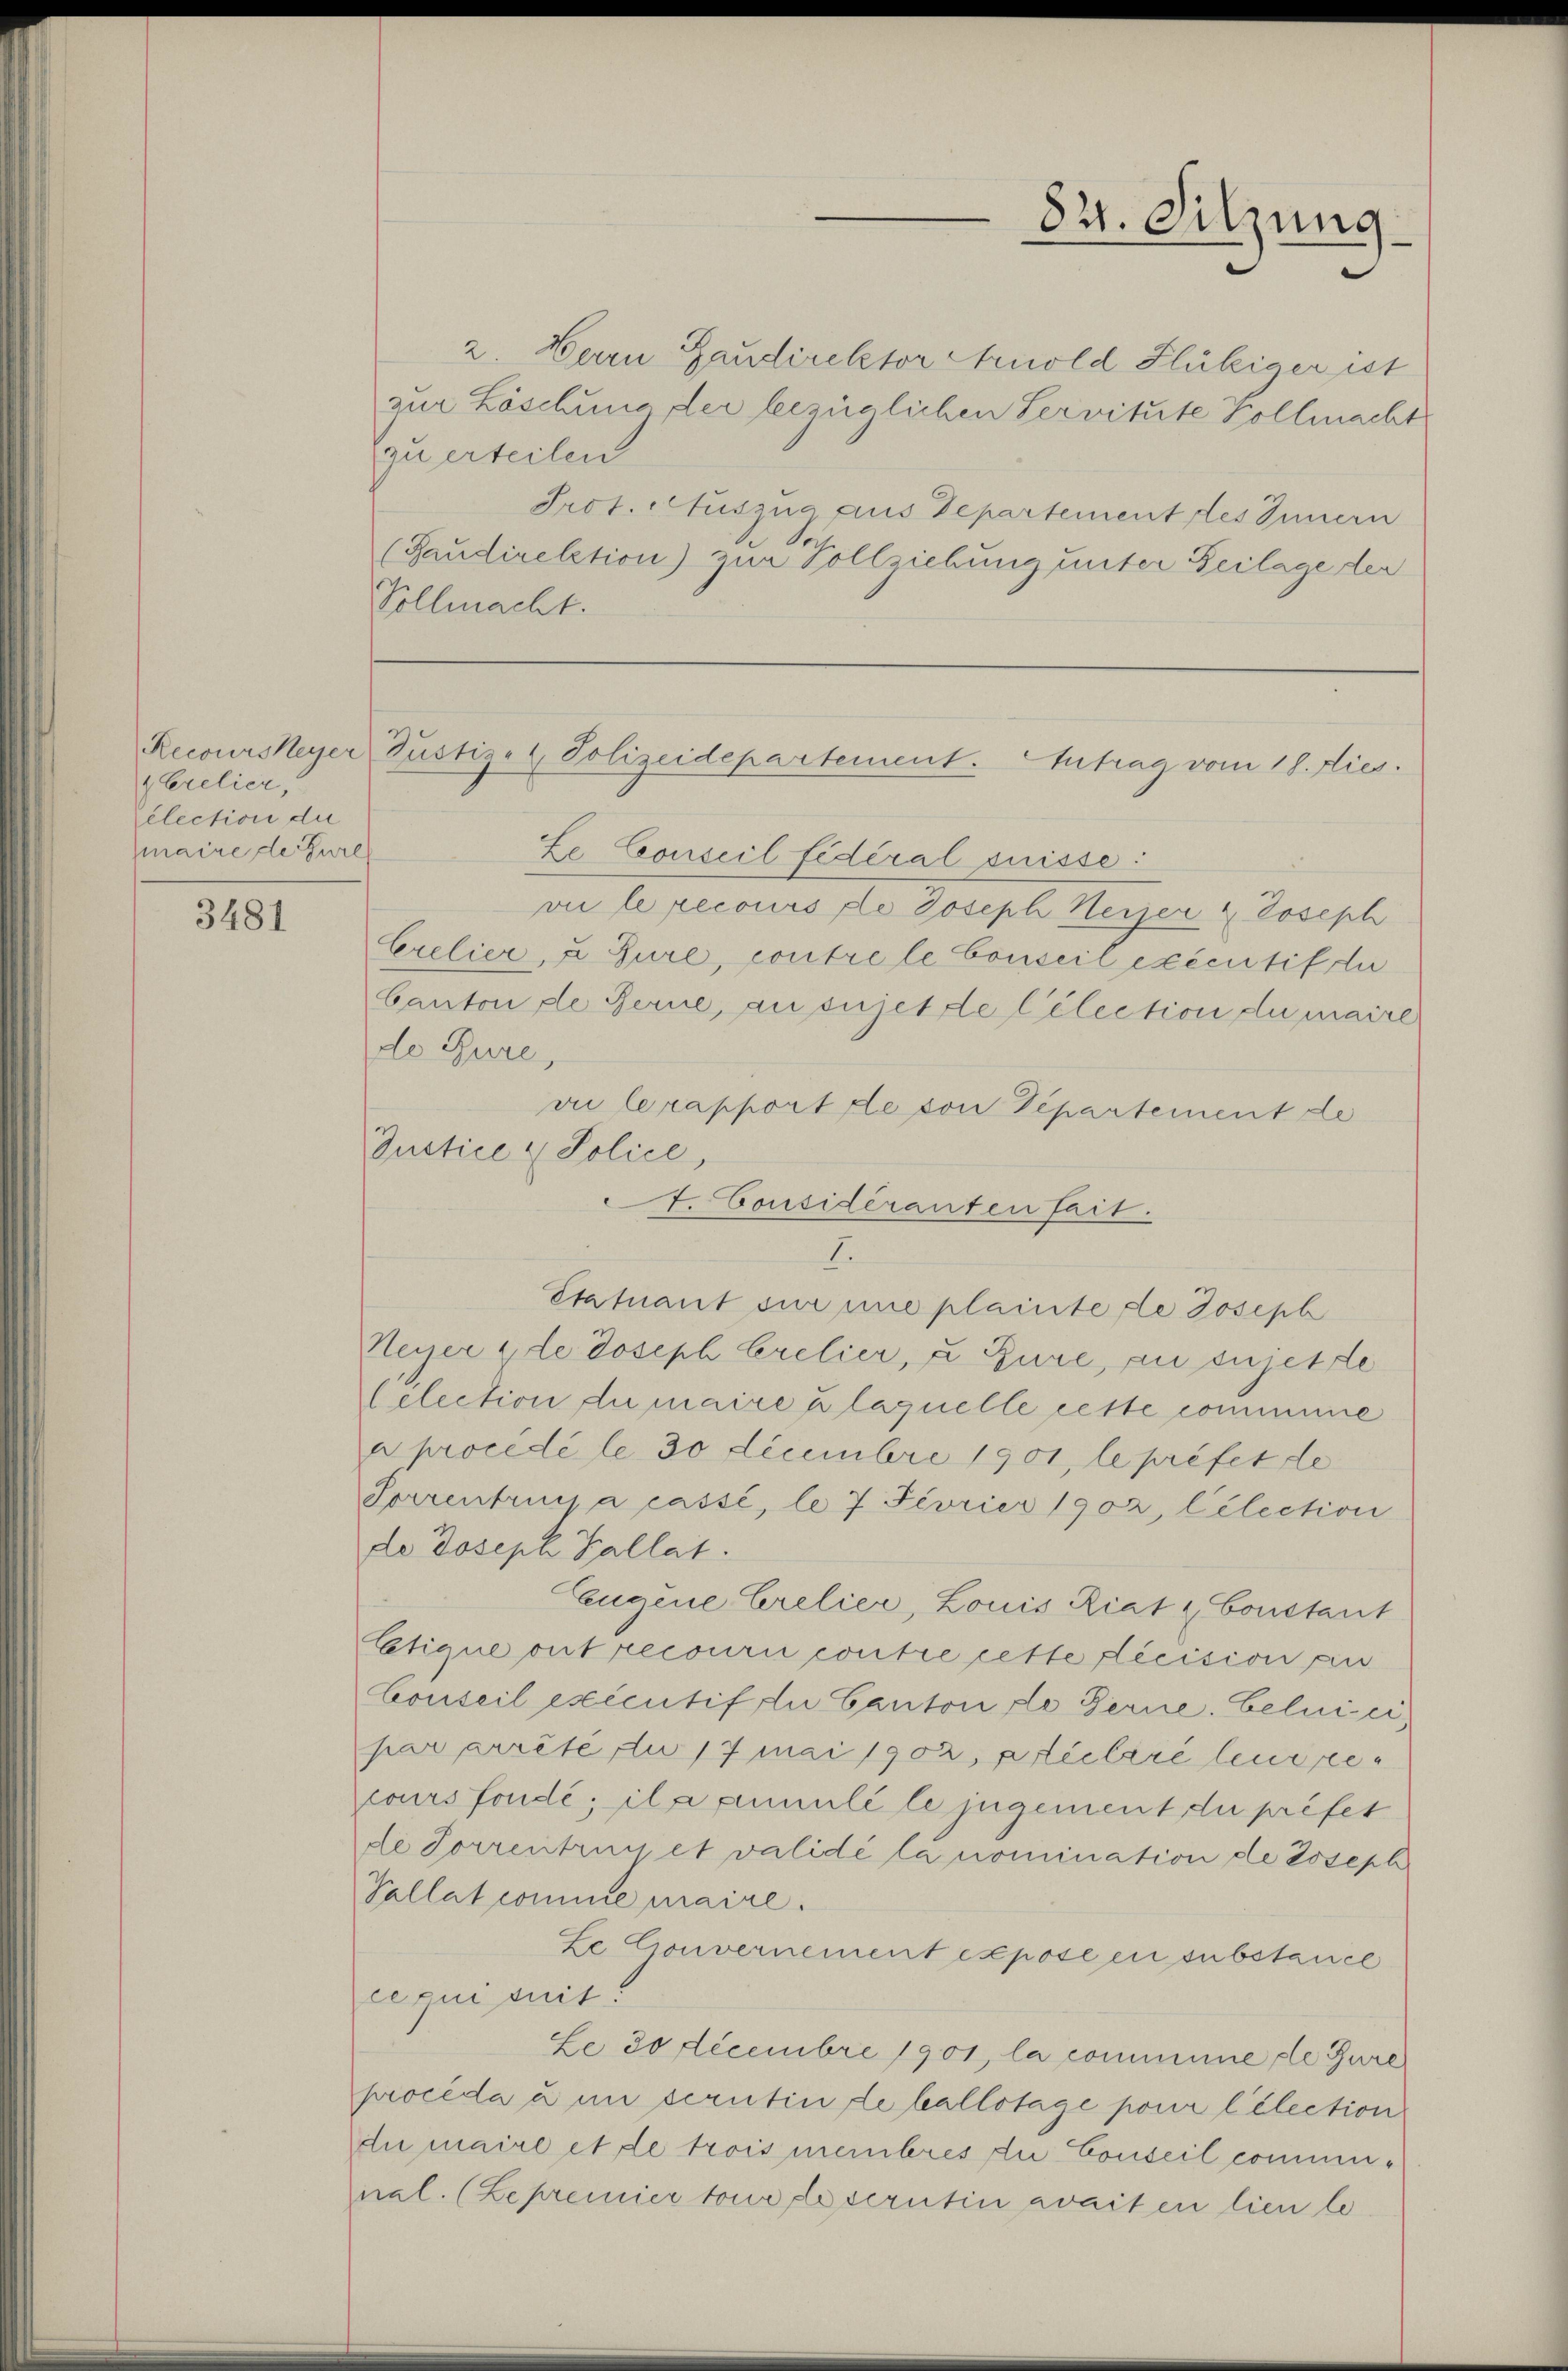
Crelier,
élection der
hmaire de Gure

3481

2. Herrn Gaudirektor Arnold Flückiger ist
zur Löschung der bezüglichen Servitute Vollmacht
Ze Conseil fédéral Suisse:
vie le recours de Joseph Heizer & Joseph
Crelier, u. Gure, contre le Conseil exécutif de
Canton de Ferne, au sujette Celection du maire
de Rure,
vii le rapport de von Departement de
Justice - Police,
1. Considéranten fait.
I.
Statuant sur une plainte de Joseph
Neyer de Joseph Crelier, u. Gure, zu sujette
lelection du maire u laquelle cette commine
a procédé le 30 Decembre 1901, le préfet de
Sorrentruna cassé, le 7 Fevrier 1902, Célection
de Joseph Kallat
Eugene Crelier, Louis Riat & Constant
Eatique ont recouri contre cette Lecision an
Conseil exécutif du Canton de Ferne. Celui-ci,
par arrêté du 17 Mai 1902, préclaré leur e
cours fondé; ila ammilé le jugement du préfet
de Forrentrüget valide la nomination de Joseph
Pallat comme maire.
Le Gouvernement exposé en substance
equi suit:
Le 30 Decembre 1901, la comminie de Gure
proceda u. in scrutin de ballotage pour lélection
die maire et de trois membres zu Conseil communal. (Zepremier tous lesentin zweiten lien le¬

zu erteilen
Prot. Auszug aus Departement des Innern
(Faudirektion) zur Vollziehung unter Beilage der
Vollmacht.

82. Sitzung

Recourskeyer Justiz- & Polizeidepartement. Antrag vom 18. dies